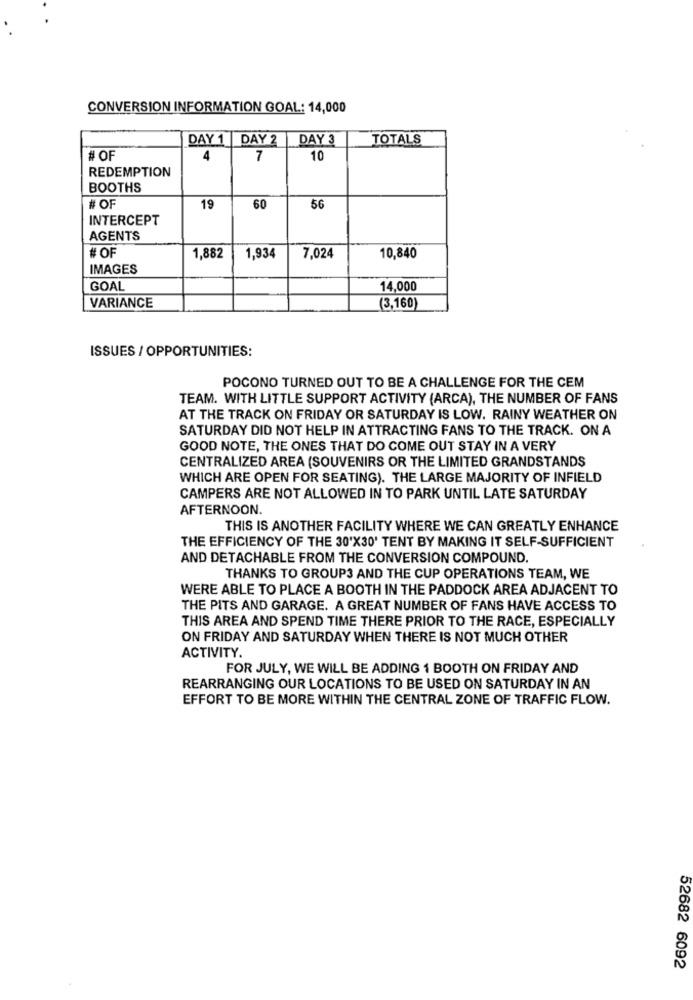
CONVERSION INFORMATION GOAL: 14,000
DAY 1 DAY 2
DAY 3
TOTALS
# OF
4
7
10
REDEMPTION
BOOTHS
# OF
60
56
19
INTERCEPT
AGENTS
# OF
1,882
1,934
7,024
10,840
IMAGES
GOAL
14,000
VARIANCE
(3,160)
ISSUES / OPPORTUNITIES:
POCONO TURNED OUT TO BE A CHALLENGE FOR THE CEM
TEAM. WITH LITTLE SUPPORT ACTIVITY (ARCA), THE NUMBER OF FANS
AT THE TRACK ON FRIDAY OR SATURDAY IS LOW. RAINY WEATHER ON
SATURDAY DID NOT HELP IN ATTRACTING FANS TO THE TRACK. ON A
GOOD NOTE, THE ONES THAT DO COME OUT STAY IN A VERY
CENTRALIZED AREA (SOUVENIRS OR THE LIMITED GRANDSTANDS
WHICH ARE OPEN FOR SEATING). THE LARGE MAJORITY OF INFIELD
CAMPERS ARE NOT ALLOWED IN TO PARK UNTIL LATE SATURDAY
AFTERNOON.
THIS IS ANOTHER FACILITY WHERE WE CAN GREATLY ENHANCE
THE EFFICIENCY OF THE 30'X30' TENT BY MAKING IT SELF-SUFFICIENT
AND DETACHABLE FROM THE CONVERSION COMPOUND.
THANKS TO GROUPS AND THE CUP OPERATIONS TEAM, WE
WERE ABLE TO PLACE A BOOTH IN THE PADDOCK AREA ADJACENT TO
THE PITS AND GARAGE. A GREAT NUMBER OF FANS HAVE ACCESS TO
THIS AREA AND SPEND TIME THERE PRIOR TO THE RACE, ESPECIALLY
ON FRIDAY AND SATURDAY WHEN THERE IS NOT MUCH OTHER
ACTIVITY.
FOR JULY, WE WILL BE ADDING 1 BOOTH ON FRIDAY AND
REARRANGING OUR LOCATIONS TO BE USED ON SATURDAY IN AN
EFFORT TO BE MORE WITHIN THE CENTRAL ZONE OF TRAFFIC FLOW.
52682 6092